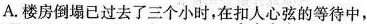
A.楼房倒塌已过去了三个小时，在扣人心弦的等待中，